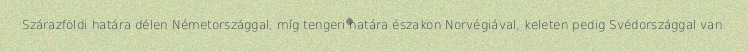
Szárazföldi határa délen Németországgal, míg tengeri határa északon Norvégiával, keleten pedig Svédországgal van.